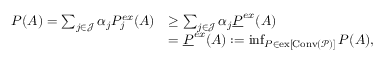
\begin{array} { r l } { P ( A ) = \sum _ { j \in \mathcal { J } } \alpha _ { j } P _ { j } ^ { e x } ( A ) } & { \geq \sum _ { j \in \mathcal { J } } \alpha _ { j } \underline { { P } } ^ { e x } ( A ) } \\ & { = \underline { { P } } ^ { e x } ( A ) : = \operatorname* { i n f } _ { P \in \mathrm { e x } [ \mathrm { C o n v } ( \mathcal { P } ) ] } P ( A ) , } \end{array}